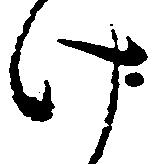
け